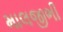
માલજીભી